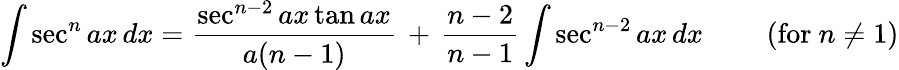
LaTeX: \int\sec^{n}{ax}\, dx={\frac{\sec^{n-2}{ax}\tan{ax}}{a(n-1)}}\, +\, {\frac{n-2}{n-1}}\int\sec^{n-2}{ax}\, dx\qquad{\mathrm{~(for~}}n\neq 1{\mathrm{)}}